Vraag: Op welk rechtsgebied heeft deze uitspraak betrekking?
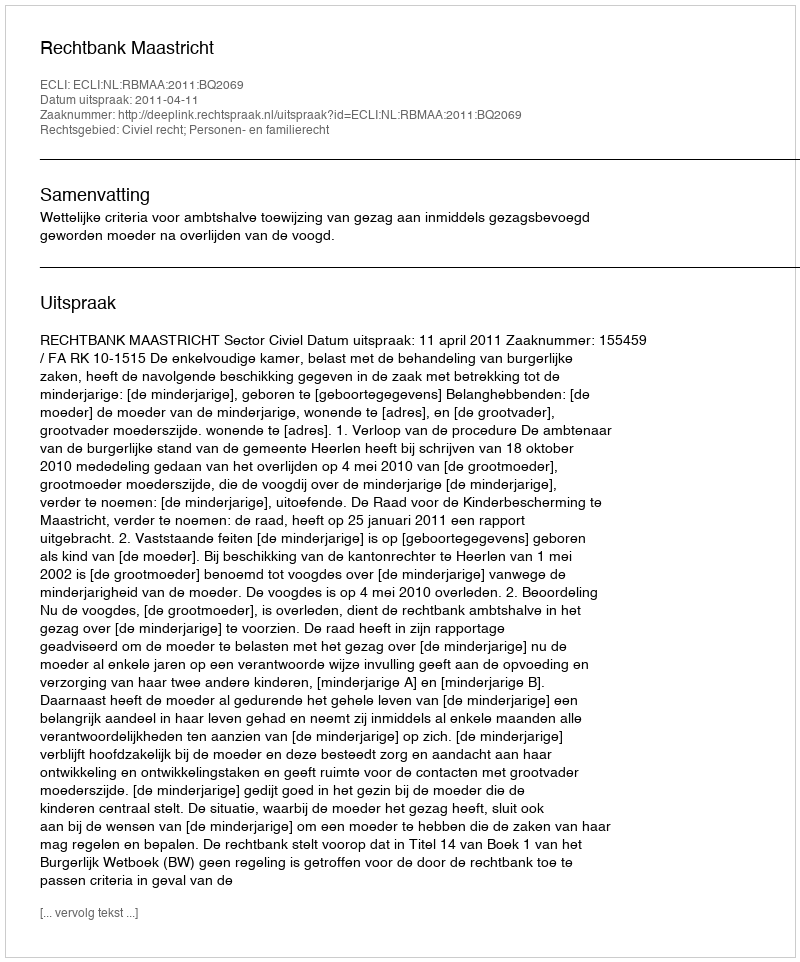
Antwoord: Civiel recht; Personen- en familierecht